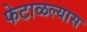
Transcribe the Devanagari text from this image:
फेटाळल्यास